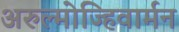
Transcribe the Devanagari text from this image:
अरुल्मोज्हिवार्मन